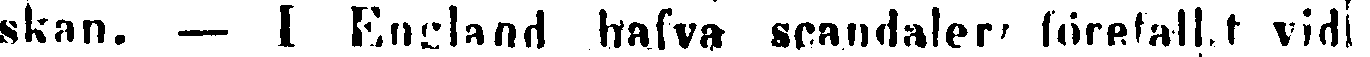
skan. — I England hafva scandaler förefallit vid